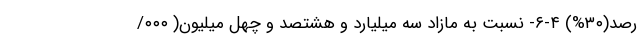
رصد(۳۰%) ۴-۶- نسبت به مازاد سه میلیارد و هشتصد و چهل میلیون( ۰۰۰/